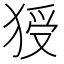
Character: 𤟗